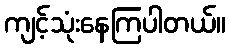
ကျင့်သုံးနေကြပါတယ်။